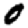
Digit: 0